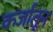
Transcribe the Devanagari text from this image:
कर्जातून